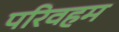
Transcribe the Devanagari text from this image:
परिवहम